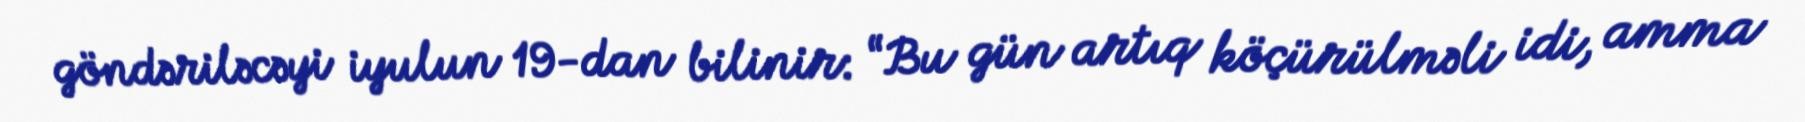
göndəriləcəyi iyulun 19-dan bilinir: “Bu gün artıq köçürülməli idi, amma